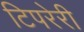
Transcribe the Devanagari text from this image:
टिपरेरी